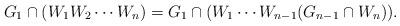
LaTeX: \begin{align*}G_1\cap (W_1 W_2\cdots W_n)=G_1\cap (W_1\cdots W_{n-1}(G_{n-1}\cap W_n)).\end{align*}